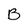
Character: B